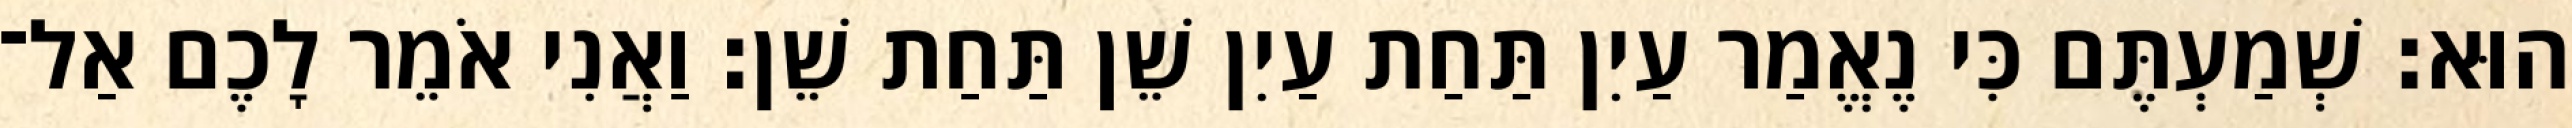
הוּא׃ שְׁמַעְתֶּם כִּי נֶאֱמַר עַיִן תַּחַת עַיִן שֵׁן תַּחַת שֵׁן׃ וַאֲנִי אֹמֵר לָכֶם אַל־